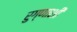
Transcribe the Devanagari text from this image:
रुग्णाशी